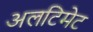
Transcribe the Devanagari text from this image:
अलटिमेट